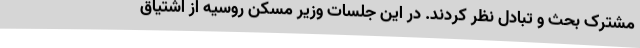
مشترک بحث و تبادل نظر کردند. در این جلسات وزیر مسکن روسیه از اشتیاق